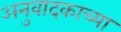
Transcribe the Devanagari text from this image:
अनुवादकाच्या